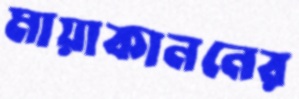
মায়াকাননের